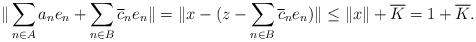
LaTeX: \begin{align*} \|\sum_{n \in A} a_ne_n + \sum_{n \in B} \overline{c}_ne_n\| = \|x - (z - \sum_{n \in B}\overline{c}_ne_n)\| \le \|x\| + \overline{K} = 1+ \overline{K}. \end{align*}